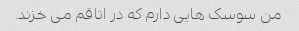
من سوسک هایی دارم که در اتاقم می خزند.